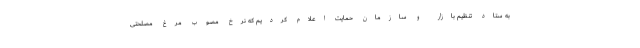
به ستاد تنظیم بازار و سازمان حمایت اعلام کردیم که نرخ مصوب مرغ مصلحتی